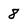
Character: 8